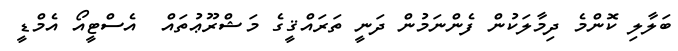
ބަލާލި ކޮންމެ ދިމާލަކުން ފެންނަމުން ދަނީ ތަރައްޤީގެ މަޝްރޫޢުތައް  އެސްޓީއޯ އެމްޑީ